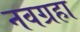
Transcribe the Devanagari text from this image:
नवग्रहा